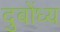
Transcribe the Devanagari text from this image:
दुबोंध्य